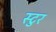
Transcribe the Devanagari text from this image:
स्टुर